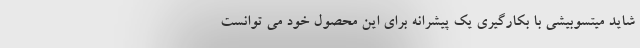
شاید میتسوبیشی با بکارگیری یک پیشرانه برای این محصول خود می توانست